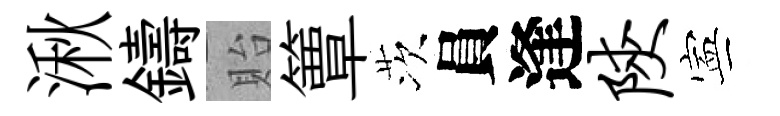
湫鑄貽簟茨員逢陕寕